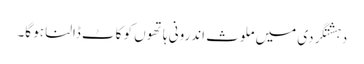
دہشتگردی میں ملوث اندرونی ہاتھوں کو کاٹ ڈالنا ہو گا۔